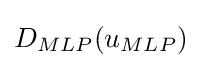
D_{MLP}(u_{MLP})